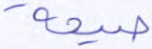
صيحة